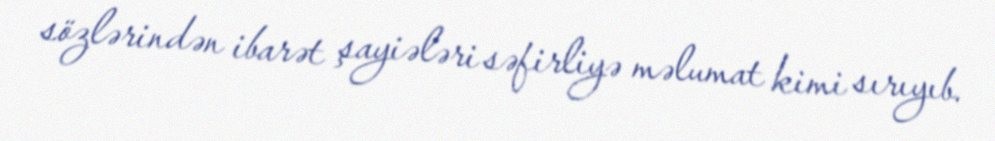
sözlərindən ibarət şayiələri səfirliyə məlumat kimi sırıyıb.